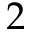
2